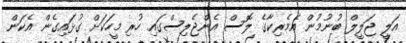
އަލީ ޖަލީލް ބުނުމުން އެމެރިކާގެ ލޮސް އެންޖެލިސްގައި ހުރި މީހަކަށް ގުޅައިގެން އެކަން